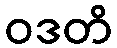
ဝဒတိ